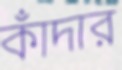
কাঁদার